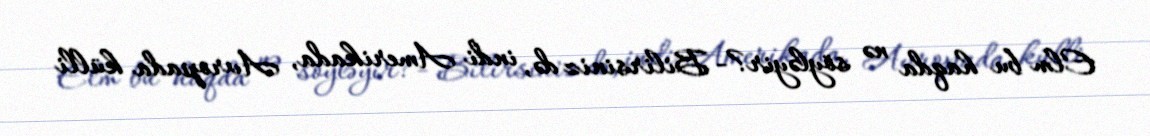
Elm bu haqda nə söyləyir?- Bilirsiniz də, indi Amerikada, Avropada külli